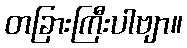
တခြားကြီးပါဗျာ။